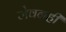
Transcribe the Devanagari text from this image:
जेवनही